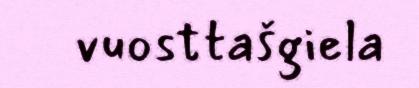
vuosttašgiela